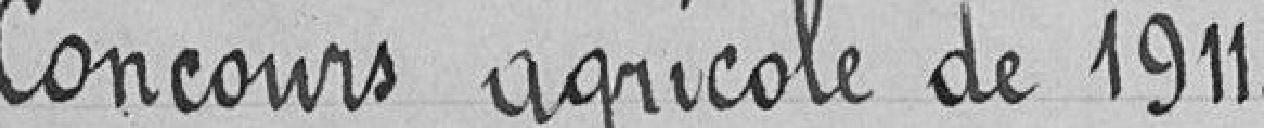
Concours agricole de 1911.